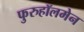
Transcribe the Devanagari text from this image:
फुरुहॉलमेन